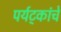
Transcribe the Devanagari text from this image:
पर्यट्कांचे